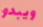
ويبدو